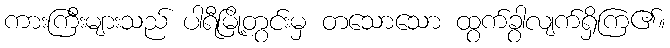
ကားကြီးများသည် ပါရီမြို့တွင်းမှ တသောသော ထွက်ခွာလျက်ရှိကြ၏။